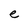
Character: e